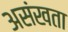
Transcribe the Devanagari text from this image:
असंखता